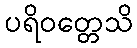
ပရိဝတ္တေသိ